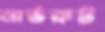
নার্ভরুট